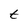
Character: t